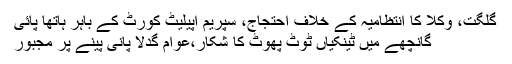
گلگت، وکلا کا انتظامیہ کے خلاف احتجاج، سپریم اپیلیٹ کورٹ کے باہر ہاتھا پائی
گانچھے میں ٹینکیاں ٹوٹ پھوٹ کا شکار،عوام گدلا پانی پینے پر مجبور